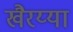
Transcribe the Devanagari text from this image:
खैरय्या